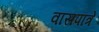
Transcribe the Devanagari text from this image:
वासपात्रे